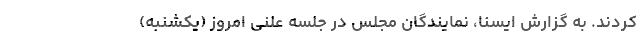
کردند. به گزارش ایسنا، نمایندگان مجلس در جلسه علنی امروز (یکشنبه)